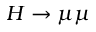
H \rightarrow \mu \mu